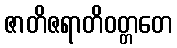
ဇာတိဇရာတိဝတ္တတေ